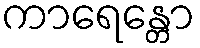
ကာရေန္တော